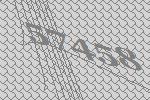
57458